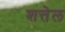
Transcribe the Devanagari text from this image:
शत्तेल